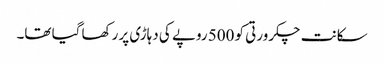
سکانت چکرورتی کو 500 روپے کی دہاڑی پر رکھا گیا تھا۔